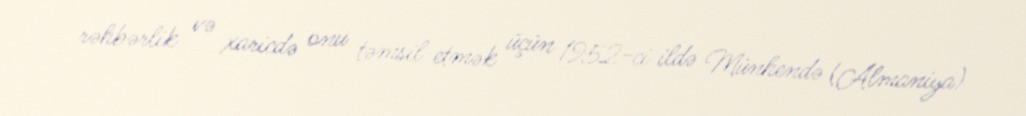
rəhbərlik və xaricdə onu təmsil etmək üçün 1952-ci ildə Münhendə (Almaniya)